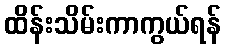
ထိန်းသိမ်းကာကွယ်ရန်